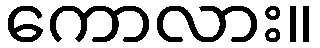
ကောလား။